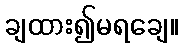
ချထား၍မရချေ။